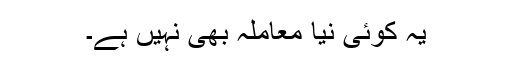
یہ کوئی نیا معاملہ بھی نہیں ہے۔